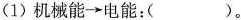
(1)机械能\rightarrow电能：( )。